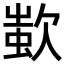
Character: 𣣷